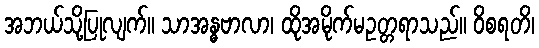
အဘယ်သို့ပြုလျက်။ သာအန္ဓဗာလာ၊ ထိုအမိုက်မဥတ္တရာသည်။ ဝိစရတိ၊